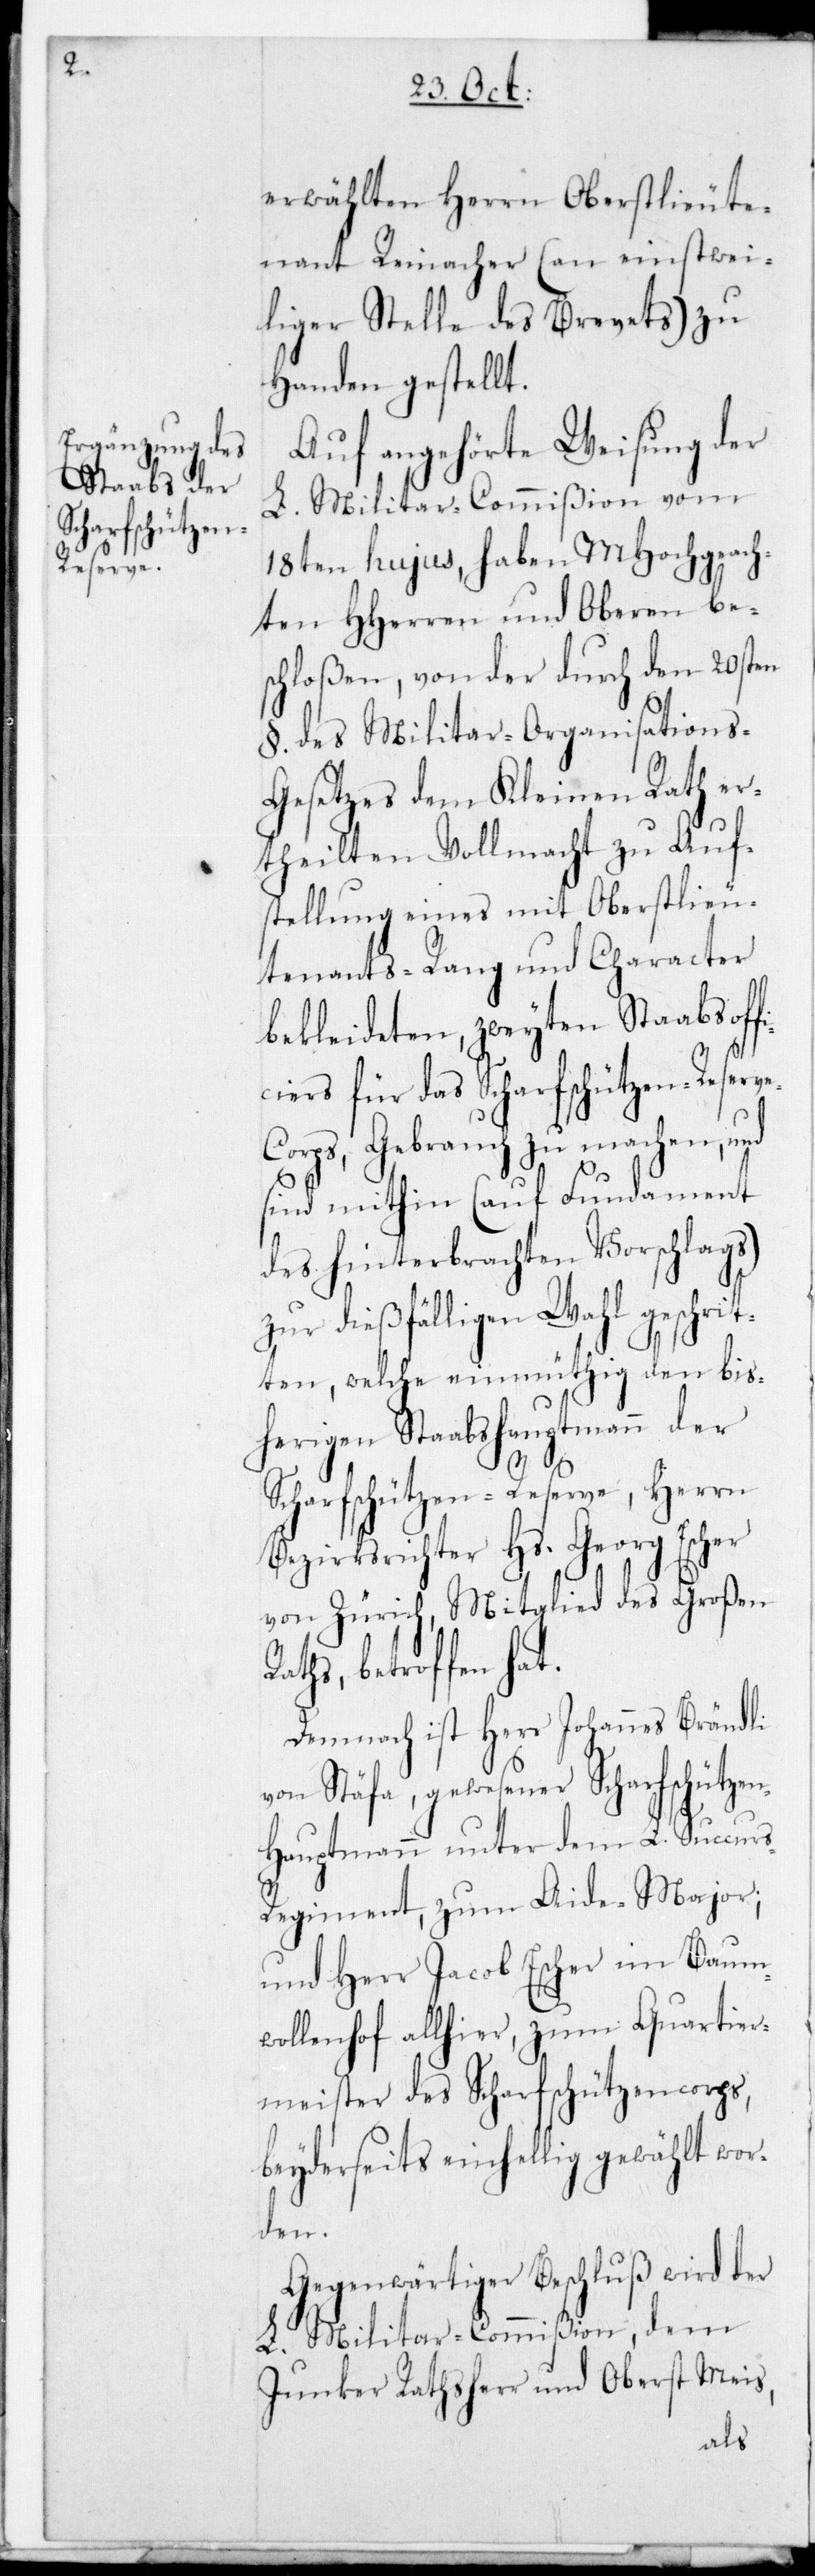
ic¬

erwählten Herrn Oberstlieute¬
nant Reinacher (an einstwei¬
liger Stelle des Brevets) zu
Handen gestellt.
Auf angehörte Weisung der
L. Militar-Commißion vom
18ten hujus, haben MHochgeach¬
ten HHerren und Oberen bes¬
chloßen, von der durch den 20sten
des Militar-Organisations-G¬
esetzes dem Kleinen Rath er¬
theilten Vollmacht zu Auf¬
stellung eines mit Oberstlieu¬
tenants-Rang und Character
bekleideten zweyten Staabsoff¬
iers für das Scharfschützen-Reser¬
rps Gebrauch zu machen, und
sind mithin (auf Fundament
des hinterbrachten Vorschlags)
zur dießfälligen Wahl geschri¬
tten, welche einmüthig den bis¬
herigen Staabshauptmann der
s-R¬
Scharfschützen-Reserve, Herrn
Bezirksrichter Hs. Georg Escher
von Zürich, Mitglied des Großen
Raths, betroffen hat.
Demnach ist Herr Johannes Brändli
von Stäfa, gewesener Scharfschütze¬
n-Hauptmann unter dem L. Succur¬
egiment, zum Aide-Major;
und Herr Jacob Escher im Baum¬
wollenhof allhier, zum Quartier¬
meister des Scharfschützencorps,
beyderseits einhellig gewählt wor¬
den.
Gegenwärtiger Beschluß wird der
L. Militar-Commißion, dem
Junker Rathsherr und Oberst Meis,